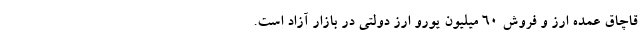
قاچاق عمده ارز و فروش ۶۰ میلیون یورو ارز دولتی در بازار آزاد است.